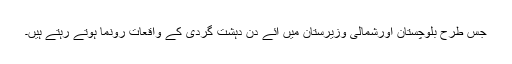
جس طرح بلوچستان اورشمالی وزیرستان میں آئے دن دہشت گردی کے واقعات رونما ہوتے رہتے ہیں۔